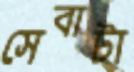
সেবাটা